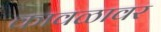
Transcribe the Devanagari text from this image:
कावळावर